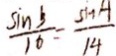
\frac { \sin B } { 1 6 } = \frac { \sin A } { 1 4 }